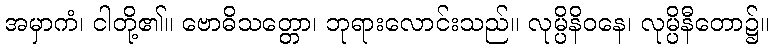
အမှာကံ၊ ငါတို့၏။ ဗောဓိသတ္တော၊ ဘုရားလောင်းသည်။ လုမ္ပိနိဝနေ၊ လုမ္ပိနီတော၌။